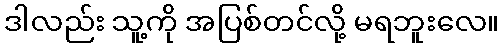
ဒါလည်း သူ့ကို အပြစ်တင်လို့ မရဘူးလေ။